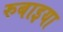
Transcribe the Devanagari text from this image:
रुबाइया